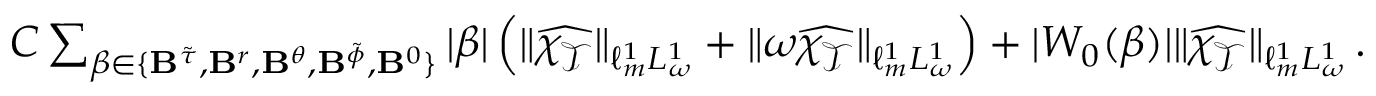
\begin{array} { r } { C \sum _ { \beta \in \{ { \bf B } ^ { \tilde { \tau } } , { \bf B } ^ { r } , { \bf B } ^ { \theta } , { \bf B } ^ { \tilde { \phi } } , { \bf B } ^ { 0 } \} } | \beta | \left( \| \widehat { \chi _ { \mathcal { T } } } \| _ { \ell _ { m } ^ { 1 } L _ { \omega } ^ { 1 } } + \| \omega \widehat { \chi _ { \mathcal { T } } } \| _ { \ell _ { m } ^ { 1 } L _ { \omega } ^ { 1 } } \right) + | W _ { 0 } ( \beta ) | \| \widehat { \chi _ { \mathcal { T } } } \| _ { \ell _ { m } ^ { 1 } L _ { \omega } ^ { 1 } } \, . } \end{array}